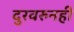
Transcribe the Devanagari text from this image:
दुरवरुनही